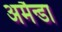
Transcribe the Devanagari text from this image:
अमैन्डा